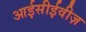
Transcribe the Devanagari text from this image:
आईसीईवीज़